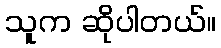
သူက ဆိုပါတယ်။